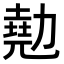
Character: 𠢩